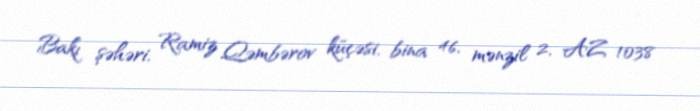
Bakı şəhəri, Ramiz Qəmbərov küçəsi, bina 46, mənzil 2, AZ 1038